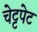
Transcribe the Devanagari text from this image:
चेट्टपेट